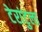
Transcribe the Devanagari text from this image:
टेरांटुला